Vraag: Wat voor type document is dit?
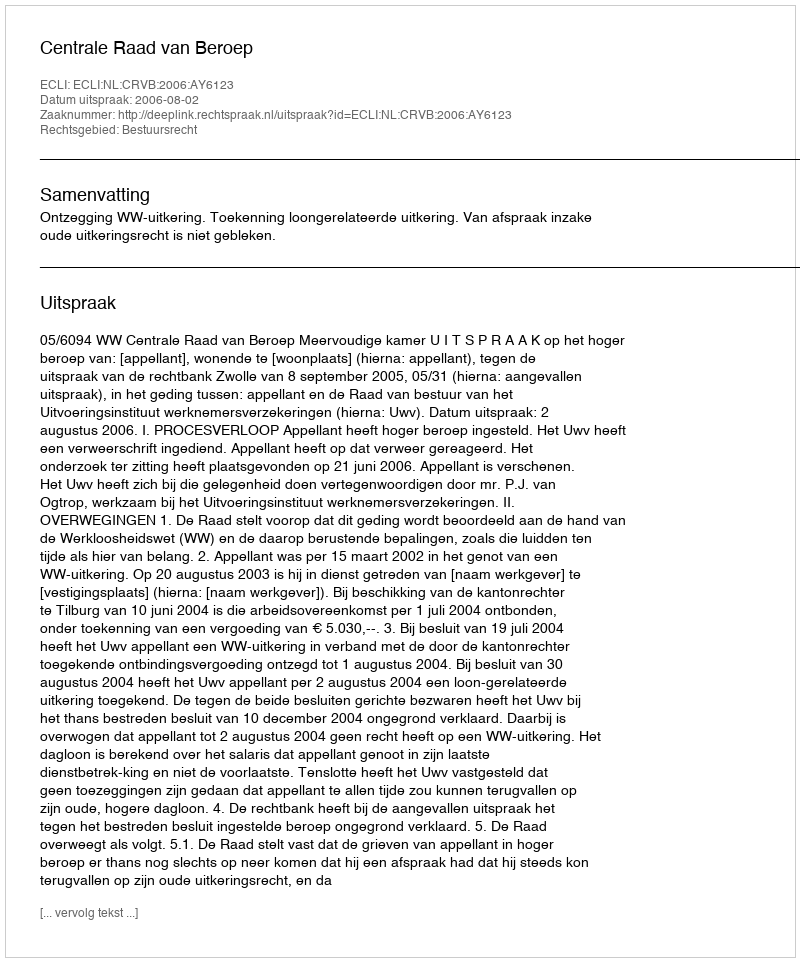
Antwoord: Uitspraak